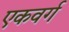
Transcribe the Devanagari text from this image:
एकवर्ग